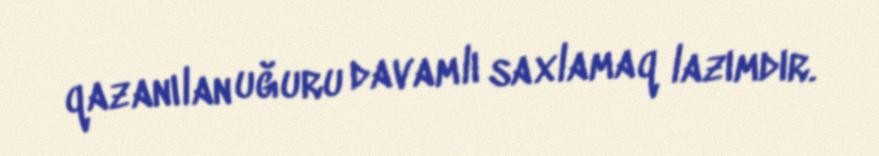
qazanılan uğuru davamlı saxlamaq lazımdır.